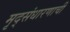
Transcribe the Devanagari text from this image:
मृद्संधारणाची